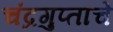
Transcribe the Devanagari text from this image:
चंद्रगुप्ताचे